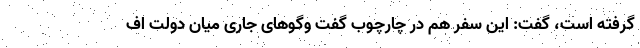
گرفته است، گفت: این سفر هم در چارچوب گفت وگوهای جاری میان دولت اف